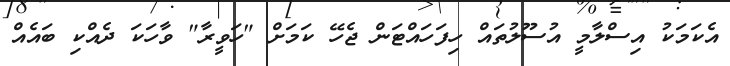
އެކަމަކު އިސްލާމީ އުސޫލުތައް ހިފަހައްޓަން ޖެހޭ ކަމަށް "ހަވީރާ" ވާހަކަ ދެއްކި ބައެއް